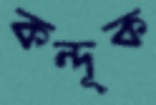
কন্দূক